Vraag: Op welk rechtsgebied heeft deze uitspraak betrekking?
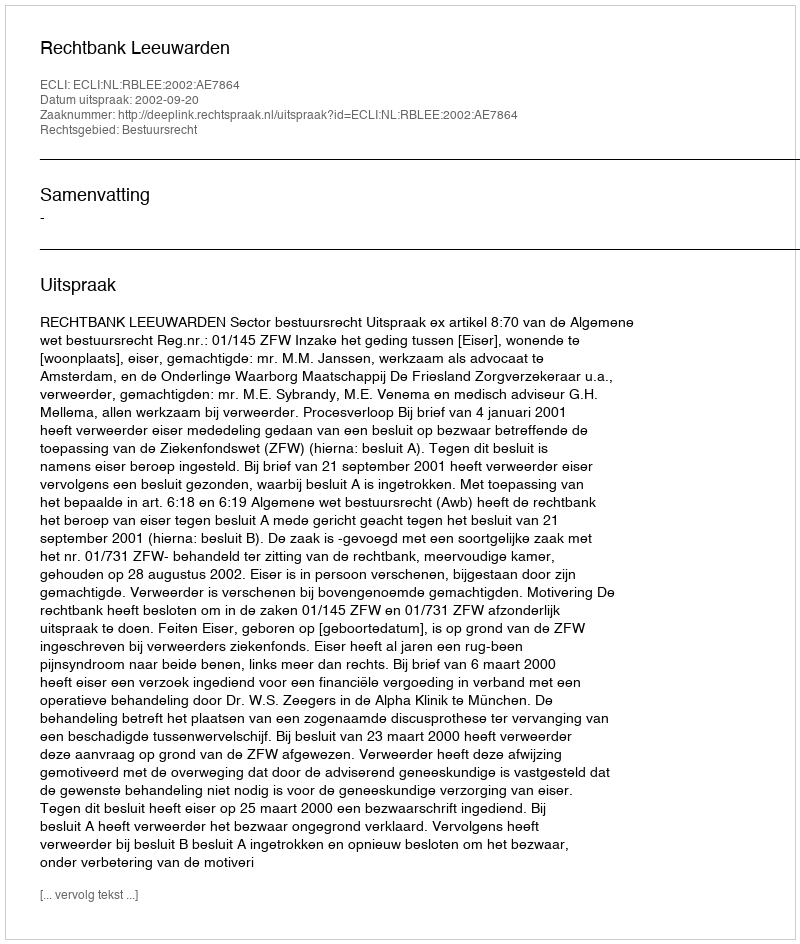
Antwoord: Bestuursrecht